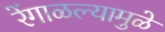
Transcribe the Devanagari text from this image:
रेंगाळल्यामुळे